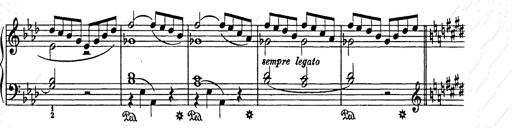
Title: Weihnachtsbaum
Composer: Franz Liszt